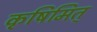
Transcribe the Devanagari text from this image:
कृषिमित्